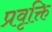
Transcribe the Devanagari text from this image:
प्रवृक्ति